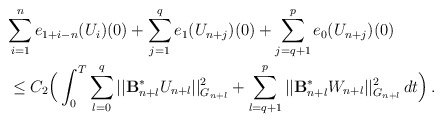
\begin{align*}&\displaystyle{\sum_{i=1}^n e_{1+i-n}(U_i)(0)} + \sum_{j=1}^q e_1(U_{n+j})(0)+ \sum_{j=q+1}^p e_0(U_{n+j})(0) \\ & \le C_2 \Big( \int_0^T \sum_{l=0}^q || \mathcal{\mathbf{B}}_{n+l}^{\ast}U_{n+l}||_{G_{n+l}}^2 + \sum_{l=q+1}^p || \mathcal{\mathbf{B}}_{n+l}^{\ast}W_{n+l}||_{G_{n+l}}^2\,dt\Big) \,.\end{align*}